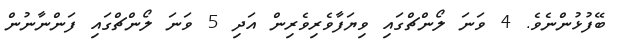
ބޭފުޅުންނެވެ. 4 ވަނަ ލޯންޗްގައި ވިޔަފާވެރިވެރިން އަދި 5 ވަނަ ލޯންޗްގައި ފަންނާނުން